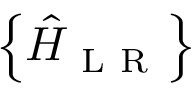
\left\{ \hat { H } _ { \mathrm { ~ L ~ R ~ } } \right\}